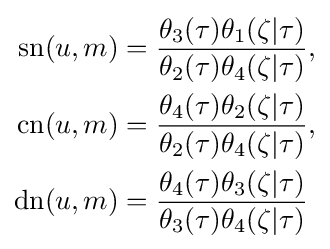
{\begin{aligned}\operatorname {sn} (u,m)&={\frac {\theta _{3}(\tau )\theta _{1}(\zeta |\tau )}{\theta _{2}(\tau )\theta _{4}(\zeta |\tau )}},\\\operatorname {cn} (u,m)&={\frac {\theta _{4}(\tau )\theta _{2}(\zeta |\tau )}{\theta _{2}(\tau )\theta _{4}(\zeta |\tau )}},\\\operatorname {dn} (u,m)&={\frac {\theta _{4}(\tau )\theta _{3}(\zeta |\tau )}{\theta _{3}(\tau )\theta _{4}(\zeta |\tau )}}\end{aligned}}